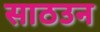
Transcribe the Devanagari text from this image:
साठउन